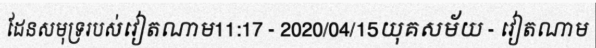
ដែនសមុទ្ររបស់វៀតណាម11:17 - 2020/04/15យុគសម័យ - វៀតណាម